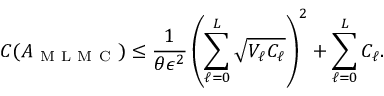
C ( A _ { \mathrm { ~ M ~ L ~ M ~ C ~ } } ) \le \frac { 1 } { \theta \epsilon ^ { 2 } } \left( \sum _ { \ell = 0 } ^ { L } \sqrt { V _ { \ell } C _ { \ell } } \right) ^ { 2 } + \sum _ { \ell = 0 } ^ { L } C _ { \ell } .